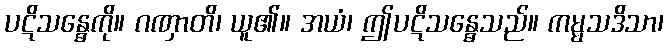
ပဋိသန္ဓေကို။ ဂဏှာတိ၊ ယူ၏။ အယံ၊ ဤပဋိသန္ဓေသည်။ ကမ္မသဒိသာ၊